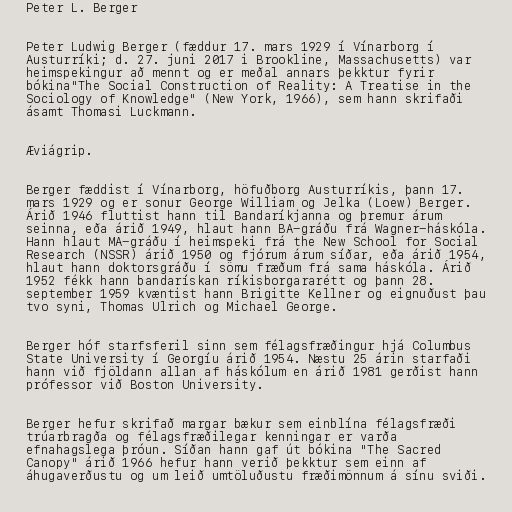
Peter L. Berger

Peter Ludwig Berger (fæddur 17. mars 1929 í Vínarborg í
Austurríki; d. 27. juni 2017 i Brookline, Massachusetts) var
heimspekingur að mennt og er meðal annars þekktur fyrir
bókina"The Social Construction of Reality: A Treatise in the
Sociology of Knowledge" (New York, 1966), sem hann skrifaði
ásamt Thomasi Luckmann.

Æviágrip.

Berger fæddist í Vínarborg, höfuðborg Austurríkis, þann 17.
mars 1929 og er sonur George William og Jelka (Loew) Berger.
Árið 1946 fluttist hann til Bandaríkjanna og þremur árum
seinna, eða árið 1949, hlaut hann BA-gráðu frá Wagner-háskóla.
Hann hlaut MA-gráðu í heimspeki frá the New School for Social
Research (NSSR) árið 1950 og fjórum árum síðar, eða árið 1954,
hlaut hann doktorsgráðu í sömu fræðum frá sama háskóla. Árið
1952 fékk hann bandarískan ríkisborgararétt og þann 28.
september 1959 kvæntist hann Brigitte Kellner og eignuðust þau
tvo syni, Thomas Ulrich og Michael George.

Berger hóf starfsferil sinn sem félagsfræðingur hjá Columbus
State University í Georgíu árið 1954. Næstu 25 árin starfaði
hann við fjöldann allan af háskólum en árið 1981 gerðist hann
prófessor við Boston University.

Berger hefur skrifað margar bækur sem einblína félagsfræði
trúarbragða og félagsfræðilegar kenningar er varða
efnahagslega þróun. Síðan hann gaf út bókina "The Sacred
Canopy" árið 1966 hefur hann verið þekktur sem einn af
áhugaverðustu og um leið umtöluðustu fræðimönnum á sínu sviði.